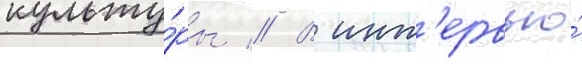
культу́ры // В инт'ервью́